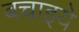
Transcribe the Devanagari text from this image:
बचाइये